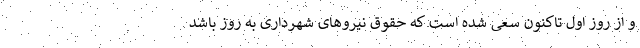
و از روز اول تاکنون سعی شده است که حقوق نیروهای شهرداری به روز باشد